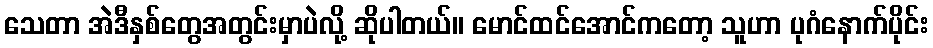
သေတာ အဲဒီနှစ်တွေအတွင်းမှာပဲလို့ ဆိုပါတယ်။ မောင်ထင်အောင်ကတော့ သူဟာ ပုဂံနောက်ပိုင်း